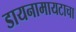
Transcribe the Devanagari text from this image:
डायनामायटाचा